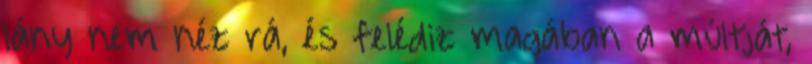
lány nem néz rá, és felédiz magában a múltját,